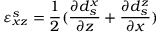
\varepsilon _ { x z } ^ { s } = \frac { 1 } { 2 } ( \frac { \partial d _ { s } ^ { x } } { \partial z } + \frac { \partial d _ { s } ^ { z } } { \partial x } )